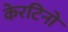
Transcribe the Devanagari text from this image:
केरटिनो